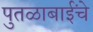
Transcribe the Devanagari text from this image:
पुतळाबाईंचे